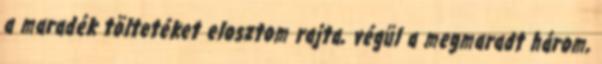
a maradék töltetéket elosztom rajta, végül a megmaradt három,